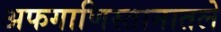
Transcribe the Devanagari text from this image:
अफगाणिस्तानातले